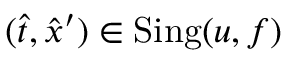
( \hat { t } , \hat { x } ^ { \prime } ) \in \operatorname { S i n g } ( u , f )